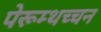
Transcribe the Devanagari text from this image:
पेरूम्थच्चन